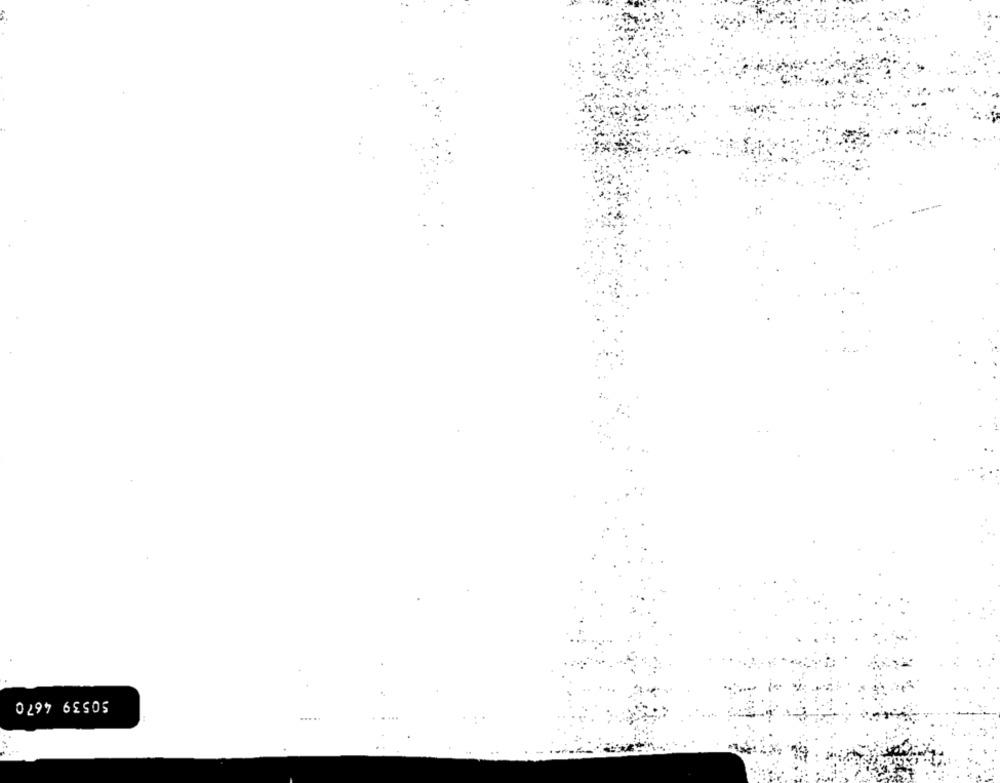
50539 4670